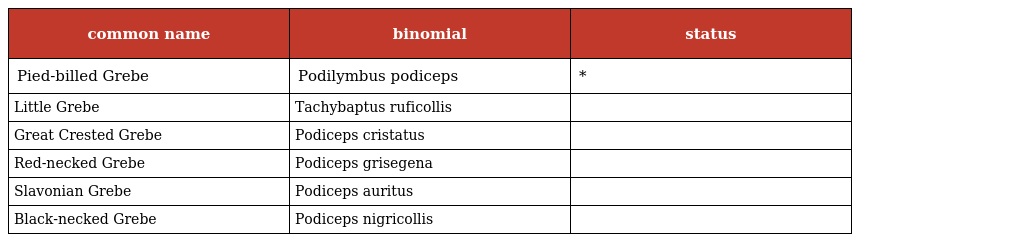
| common name | binomial | status |
 | --- | --- | --- |
 | Pied-billed Grebe | Podilymbus podiceps | * |
 | Little Grebe | Tachybaptus ruficollis |  |
 | Great Crested Grebe | Podiceps cristatus |  |
 | Red-necked Grebe | Podiceps grisegena |  |
 | Slavonian Grebe | Podiceps auritus |  |
 | Black-necked Grebe | Podiceps nigricollis |  |